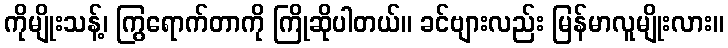
ကိုမျိုးသန့်၊ ကြွရောက်တာကို ကြိုဆိုပါတယ်။ ခင်ဗျားလည်း မြန်မာလူမျိုးလား။